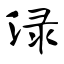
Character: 渌